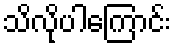
သိလိုပါကြောင်း